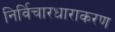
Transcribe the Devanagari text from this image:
निर्विचारधाराकरण